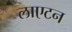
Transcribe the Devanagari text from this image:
लाएटन